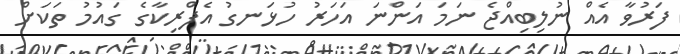
ފަރުވާ އެއް ނުލިބިއްޖެ ނަަމަ އަންނަ އަހަރު ހުޅަނގު އެފްރިކާގެ ގައުމު ތަކަށް